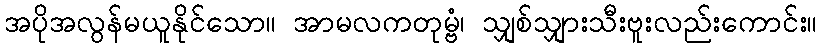
အပိုအလွန်မယူနိုင်သော။ အာမလကတုမ္ဗံ၊ သျှစ်သျှားသီးဗူးလည်းကောင်း။